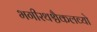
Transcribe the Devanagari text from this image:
भगीरथश्चैकलव्यो